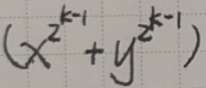
\((x^{2^{k - 1}}+y^{2^{k - 1}})\)